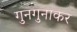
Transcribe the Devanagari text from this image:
गुनगुनाकर